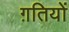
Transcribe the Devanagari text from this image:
ग़तियों